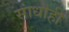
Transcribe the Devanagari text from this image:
सांधाही